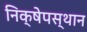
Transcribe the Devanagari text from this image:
निक्षेपस्थान